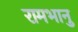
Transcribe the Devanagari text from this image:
रामभानु